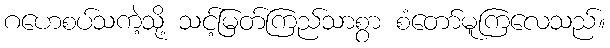
ဂဟေစပ်သကဲ့သို့ သင့်မြတ်ကြည်သာစွာ စံတော်မူကြလေသည်။